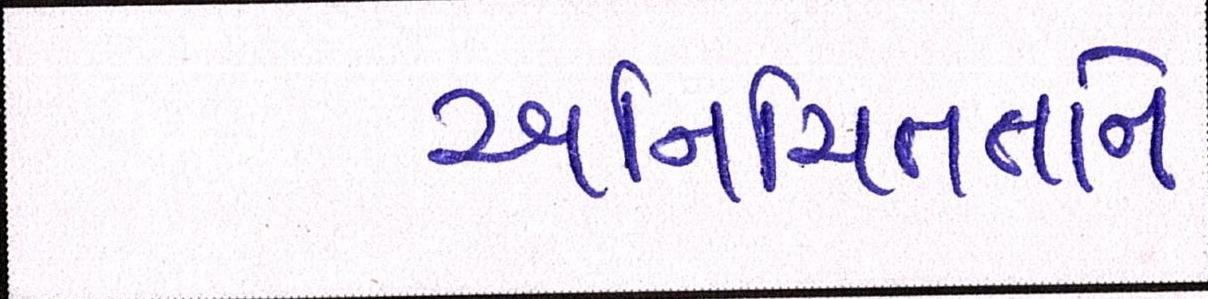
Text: અનિશ્ચિતતાને